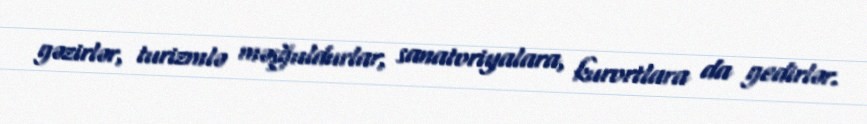
gəzirlər, turizmlə məşğuldurlar, sanatoriyalara, kurortlara da gedirlər.